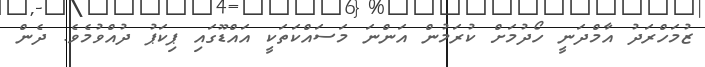
ޒުމަހްރަދު އާމްދަނީ ހޯދުމަށް ކުރަމުން އަންނަ މަސައްކަތަކީ އައްޑޫގައި ޕިކަޕު ދުއްވުމެވެ. ދެެން